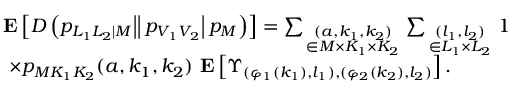
\begin{array} { r l } & { \left. \left. \left. \mathrm { \bf ~ E } \left[ D \left( p _ { L _ { 1 } L _ { 2 } | M } \right| \right| p _ { V _ { 1 } V _ { 2 } } \right| p _ { M } \right) \right] = \sum _ { \scriptstyle ( a , k _ { 1 } , k _ { 2 } ) \atop { \scriptstyle \in { \cal M } \times { \cal K } _ { 1 } \times { \cal K } _ { 2 } } } \sum _ { \scriptstyle ( l _ { 1 } , l _ { 2 } ) \atop { \scriptstyle \in { \cal L } _ { 1 } \times { \cal L } _ { 2 } } } 1 } \\ & { \quad \times p _ { M K _ { 1 } K _ { 2 } } ( a , k _ { 1 } , k _ { 2 } ) \mathrm { \bf ~ E } \left[ \Upsilon _ { ( \varphi _ { 1 } ( k _ { 1 } ) , l _ { 1 } ) , ( \varphi _ { 2 } ( k _ { 2 } ) , l _ { 2 } ) } \right] . } \end{array}